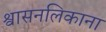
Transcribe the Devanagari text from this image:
श्वासनलिकाना